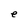
Character: e